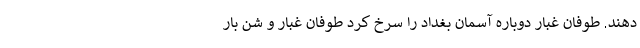
دهند. طوفان غبار دوباره آسمان بغداد را سرخ کرد طوفان غبار و شن بار